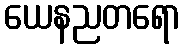
ယေနညတရော